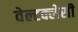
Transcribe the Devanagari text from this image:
वेल्टक्लेसी